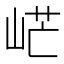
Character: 㟐